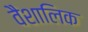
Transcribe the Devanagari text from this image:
वैशालिक